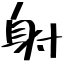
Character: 射